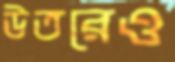
উতরেও